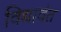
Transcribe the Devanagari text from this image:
विद्यावंत